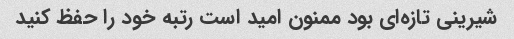
شیرینی تازه‌ای بود ممنون امید است رتبه خود را حفظ کنید